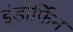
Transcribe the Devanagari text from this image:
इंडोर्फिन